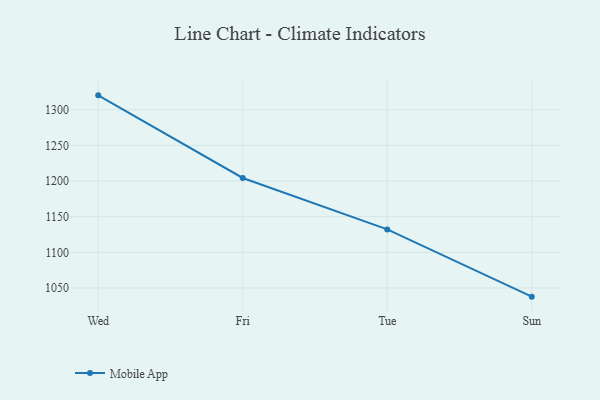
{"axis": {"x": "Day", "y": "Demand Index"}, "legend": ["Mobile App"], "data": [{"x": "Wed", "y": 1320.1, "type": "Mobile App"}, {"x": "Fri", "y": 1204.2, "type": "Mobile App"}, {"x": "Tue", "y": 1132.1, "type": "Mobile App"}, {"x": "Sun", "y": 1037.8, "type": "Mobile App"}]}